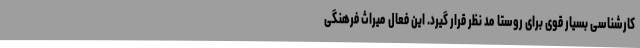
کارشناسی بسیار قوی برای روستا مد نظر قرار گیرد. این فعال میراث فرهنگی